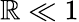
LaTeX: \mathbb{R}\ll1